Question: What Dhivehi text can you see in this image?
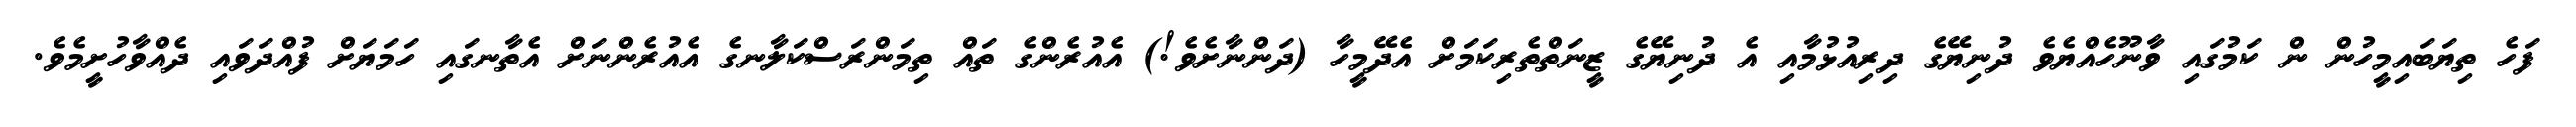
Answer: ފަހެ ތިޔަބައިމީހުން ން ކަމުގައި ވާނޫހެއްޔެވެ ދުނިޔޭގެ ދިރިއުޅުމާއި އެ ދުނިޔޭގެ ޒީނަތްތެރިކަމަށް އެދޭމީހާ (ދަންނާށެވެ!) އެއުރެންގެ ތައް ތިމަންރަސްކަލާނގެ އެއުރެންނަށް އެތާނގައި ހަމަޔަށް ފުއްދަވައި ދެއްވާހުށީމެވެ.